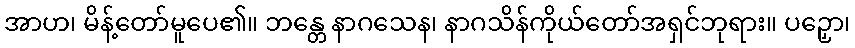
အာဟ၊ မိန့်တော်မူပေ၏။ ဘန္တေ နာဂသေန၊ နာဂသိန်ကိုယ်တော်အရှင်ဘုရား။ ပဉှော၊